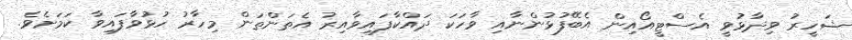
ޝަހީރު ވިދާޅުވީ އެސްޓީއޯއިން އެބޭފުޅުންނާއި ވާހަކަ ދައްކާފައިވާއިރު އެތަންތަން މިހާރު ހުޅުވާފައިވާ ކަމަށެވެ.